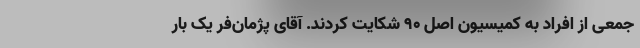
جمعی از افراد به کمیسیون اصل ۹۰ شکایت کردند. آقای پژمان‌فر یک بار